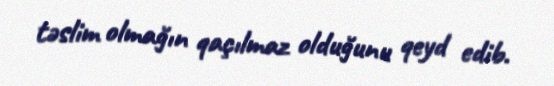
təslim olmağın qaçılmaz olduğunu qeyd edib.